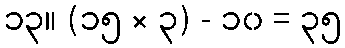
၁၃။ (၁၅ × ၃) - ၁၀ = ၃၅